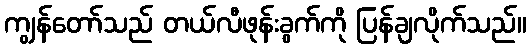
ကျွန်တော်သည် တယ်လီဖုန်းခွက်ကို ပြန်ချလိုက်သည်။